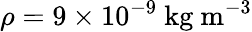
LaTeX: \rho=9\times 10^{-9}\ \mathrm{kg\ m^{-3}}